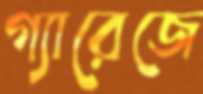
গ্যারেজে